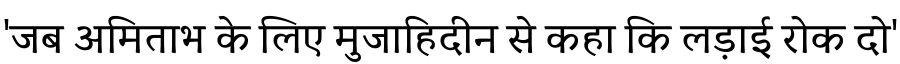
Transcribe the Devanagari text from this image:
'जब अमिताभ के लिए मुजाहिदीन से कहा कि लड़ाई रोक दो'